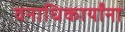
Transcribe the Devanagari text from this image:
वनाधिकार्यांना